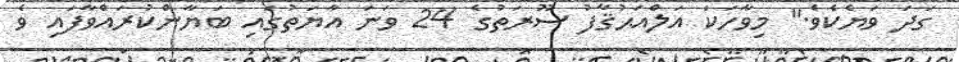
ގަދަ ވަޔެކެވެ." މިވާހަކަ އަލްއަޙުޤާފު ސޫރަތުގެ 24 ވަނަ އާޔަތުގައި ބަޔާންކުރައްވާފައި ވެ